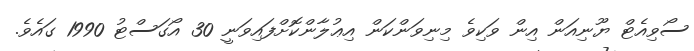
ސޯވިއެޓް ޔޫނިއަން އިން ވަކިވެ މިނިވަންކަން އިޢުލާންކޮށްފައިވަނީ 30 އޯގަސްޓު 1990 ގައެވެ.